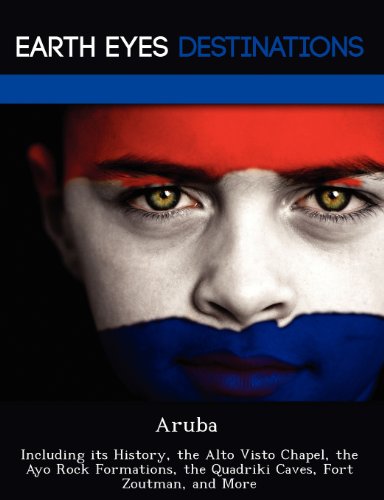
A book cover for Aruba: Including its History, the Alto Visto Chapel, the Ayo Rock Formations, the Quadriki Caves, Fort Zoutman, and More; Sam Night; Travel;